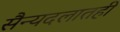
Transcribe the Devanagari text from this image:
सैन्यदलातही